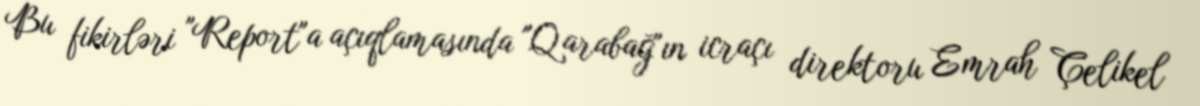
Bu fikirləri "Report"a açıqlamasında "Qarabağ"ın icraçı direktoru Emrah Çelikel